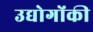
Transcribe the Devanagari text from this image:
उद्योगोंकी